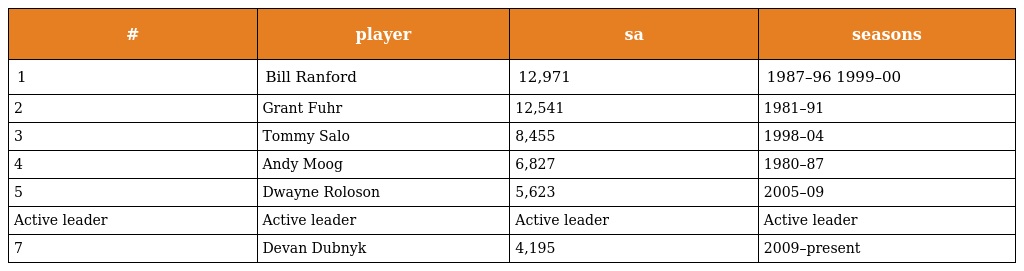
| # | player | sa | seasons |
 | --- | --- | --- | --- |
 | 1 | Bill Ranford | 12,971 | 1987–96 1999–00 |
 | 2 | Grant Fuhr | 12,541 | 1981–91 |
 | 3 | Tommy Salo | 8,455 | 1998–04 |
 | 4 | Andy Moog | 6,827 | 1980–87 |
 | 5 | Dwayne Roloson | 5,623 | 2005–09 |
 | Active leader | Active leader | Active leader | Active leader |
 | 7 | Devan Dubnyk | 4,195 | 2009–present |